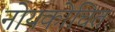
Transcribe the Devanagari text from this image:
नोयकोचित